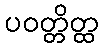
ပဝတ္တိတ္ထ